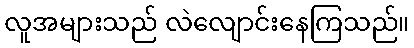
လူအများသည် လဲလျောင်းနေကြသည်။